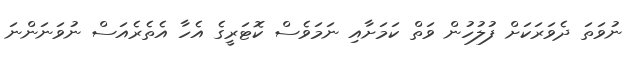
ނުވަތަ ދެވަރަކަށް ފުލުހުން ވަތް ކަމަށާއި ނަމަވެސް ކޮޓަރީގެ އެހާ އެތެރެއަސް ނުވަނަންނަ